Lunatic asylums Central Provinces reports 1886-1894 - 1886-1894
Year: 1886
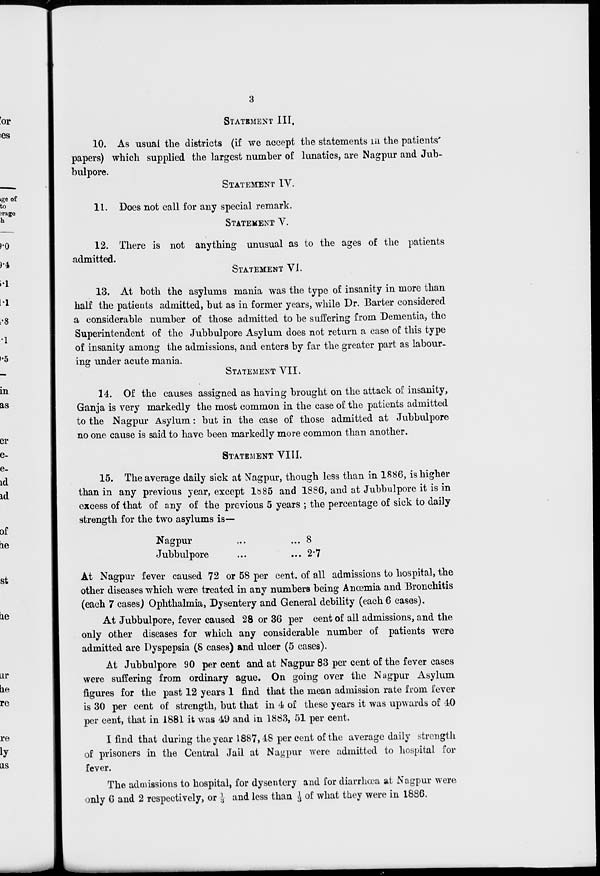
3
STATEMENT III.
10. As usual the districts (if we accept the statements in the patients
papers) which supplied the largest number of lunatics, are Nagpur and Jub-
bulpore.
STATEMENT IV.
11. Does not call for any special remark.
STATEMENT V.
12. There is not anything unusual as to the ages of the patients
admitted.
STATEMENT VI.
13. At both the asylums mania was the type of insanity in more than
half the patients admitted, but as in former years, while Dr. Barter considered
a considerable number of those admitted to be suffering from Dementia, the
Superintendent of the Jubbulpore Asylum does not return a case of this type
of insanity among the admissions, and enters by far the greater part as labour-
ing under acute mania.
STATEMENT VII.
14. Of the causes assigned as having brought on the attack of insanity,
Ganja is very markedly the most common in the case of the patients admitted
to the Nagpur Asylum: but in the case of those admitted at Jubbulpore
no one cause is said to have been markedly more common than another.
STATEMENT VIII.
15. The average daily sick at Nagpur, though less than in 1886, is higher
than in any previous year, except l885 and 1886, and at Jubbulpore it is in
excess of that of any of the previous 5 years ; the percentage of sick to daily
strength for the two asylums is—
Nagpur
...
...
Jubbulpore ... ...
8
2.7
At Nagpur fever caused 72 or 58 per cent. of all admissions to hospital, the
other diseases which were treated in any numbers being Anœmia and Bronchitis
(each 7 cases) Ophthalmia, Dysentery and General debility (each 6 cases).
At Jubbulpore, fever caused 28 or 36 per cent of all admissions, and the
only other diseases for which any considerable number of patients were
admitted are Dyspepsia (8 cases) and ulcer (5 cases).
At Jubbulpore 90 per cent and at Nagpur 83 per cent of the fever cases
were suffering from ordinary ague. On going over the Nagpur Asylum
figures for the past 12 years 1 find that the mean admission rate from fever
is 30 per cent of strength, but that in 4 of these years it was upwards of 10
per cent, that in 1881 it was 49 and in 1883, 51 per cent.
I find that during the year 1887,48 per cent of the average daily strength
of prisoners in the Central Jail at Nagpur were admitted to hospital for
fever.
The admissions to hospital, for dysentery and for diarrhœa at Nagpur were
only 6 and 2 respectively, or 1/3 and less than 1/3 of what they were in 1886.